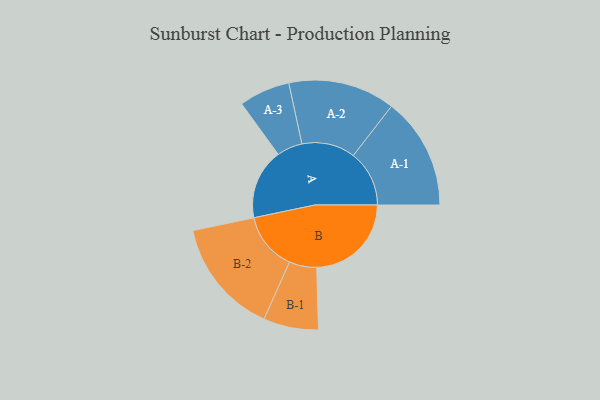
{"axis": {"x": "Segment", "y": "Value"}, "legend": ["", "A", "B"], "data": [{"x": "A", "y": 359, "type": ""}, {"x": "B", "y": 482, "type": ""}, {"x": "A-1", "y": 285, "type": "A"}, {"x": "A-2", "y": 272, "type": "A"}, {"x": "A-3", "y": 130, "type": "A"}, {"x": "B-1", "y": 140, "type": "B"}, {"x": "B-2", "y": 295, "type": "B"}]}